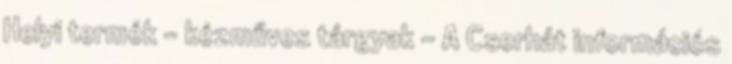
Helyi termék - kézműves tárgyak - A Cserhát információs